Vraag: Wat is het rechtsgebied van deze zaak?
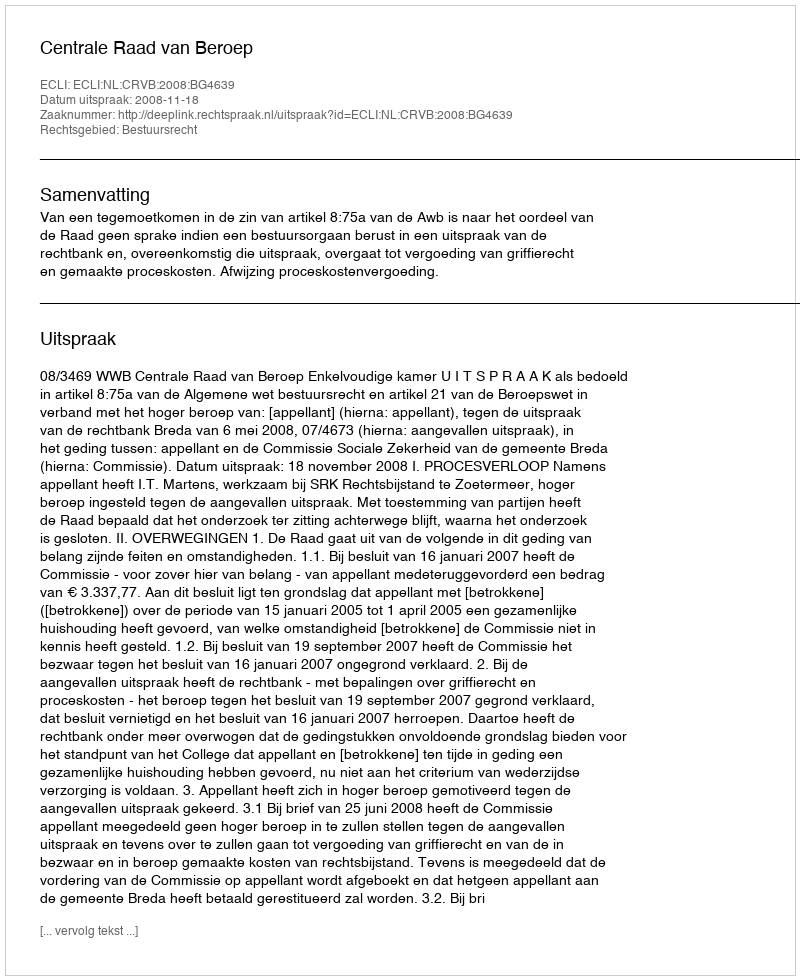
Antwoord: Bestuursrecht